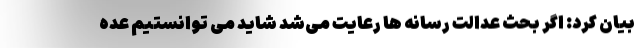
بیان کرد: اگر بحث عدالت رسانه ها رعایت می‌شد شاید می توانستیم عده